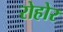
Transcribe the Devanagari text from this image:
रोहोर